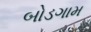
બોડગામ